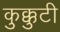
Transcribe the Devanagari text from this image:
कुक्कुटी